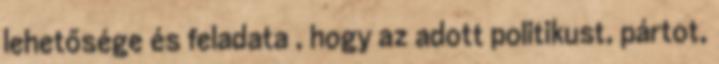
lehetősége és feladata , hogy az adott politikust, pártot,